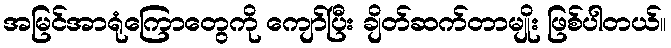
အမြင်အာရုံကြောတွေကို ကျော်ပြီး ချိတ်ဆက်တာမျိုး ဖြစ်ပါတယ်။